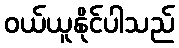
ဝယ်ယူနိုင်ပါသည်